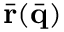
\bar { \bf r } ( \bar { \bf q } )